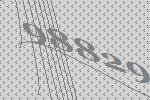
98829